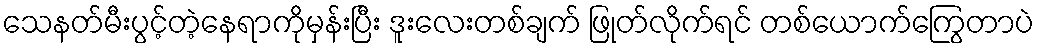
သေနတ်မီးပွင့်တဲ့နေရာကိုမှန်းပြီး ဒူးလေးတစ်ချက် ဖြုတ်လိုက်ရင် တစ်ယောက်ကြွေတာပဲ